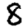
Digit: 8